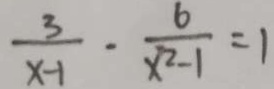
\frac { 3 } { x - 1 } - \frac { 6 } { x ^ { 2 } - 1 } = 1